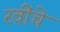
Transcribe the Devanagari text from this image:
रवींचे